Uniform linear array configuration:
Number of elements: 24
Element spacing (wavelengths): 0.75
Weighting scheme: hann
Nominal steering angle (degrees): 45
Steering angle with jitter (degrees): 44.203
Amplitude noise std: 0.05
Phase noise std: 0.05

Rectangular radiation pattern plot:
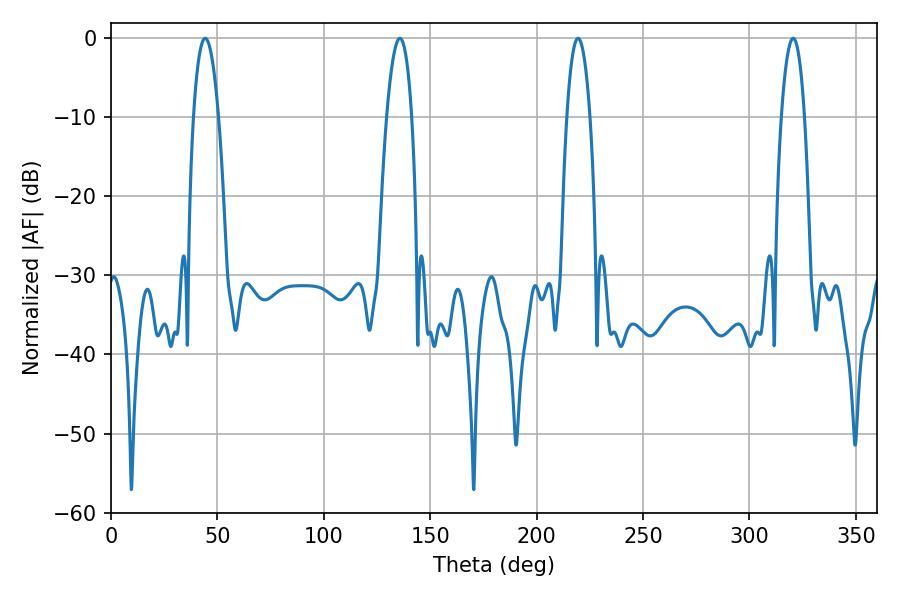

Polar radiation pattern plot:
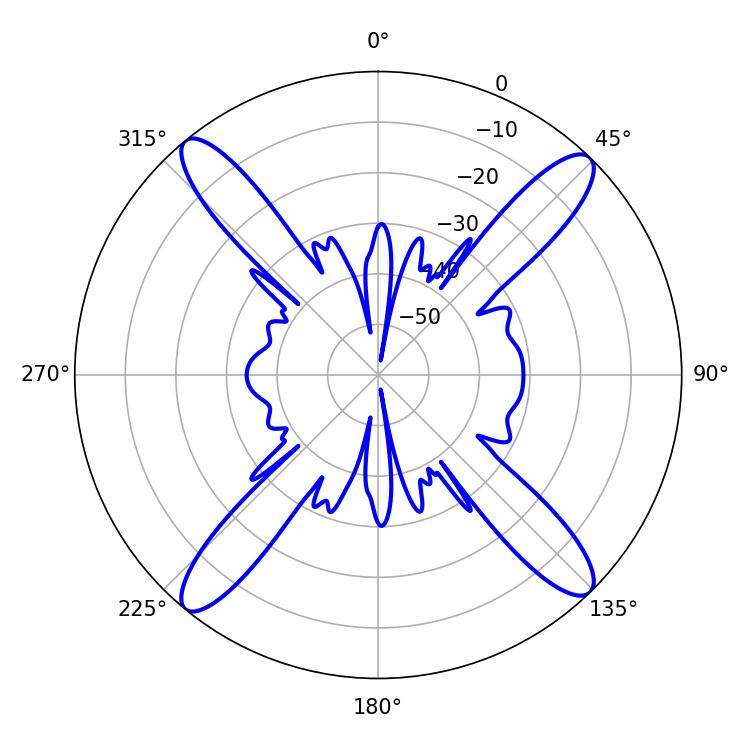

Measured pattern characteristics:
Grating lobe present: TRUE
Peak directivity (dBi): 18.591
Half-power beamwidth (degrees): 6.66
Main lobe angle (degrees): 44.28